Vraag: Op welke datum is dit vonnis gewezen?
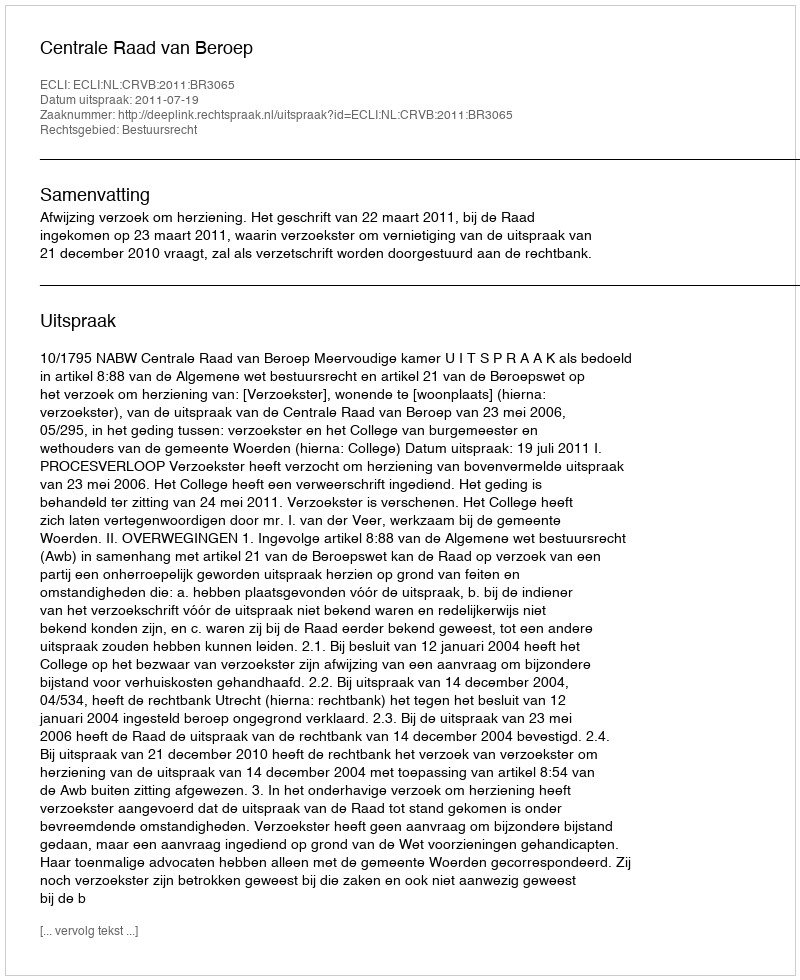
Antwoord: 2011-07-19